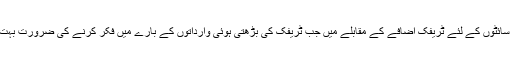
متحرک سائٹوں کے لئے ٹریفک اضافے کے مقابلے میں جب ٹریفک کی بڑھتی ہوئی وارداتوں کے بارے میں فکر کرنے کی ضرورت بہت کم ہے۔